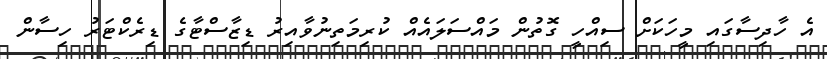
އެ ހާދިސާގައި މީހަކަށް ސިއްހީ ގޮތުން މައްސަލައެއް ކުރިމަތިނުވާއިރު ޑިޒާސްޓާގެ ޑިރެކްޓަރު ހިސާން